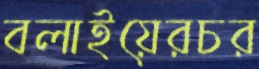
বলাইয়েরচর